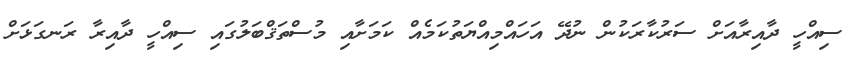
ސިއްހީ ދާއިރާއަށް ސަރުކާރަކުން ނުދޭ އަހައްމިއްޔަތުކަމެއް ކަމަށާއި މުސްތަޤްބަލުގައި ސިއްހީ ދާއިރާ ރަނގަޅަށް